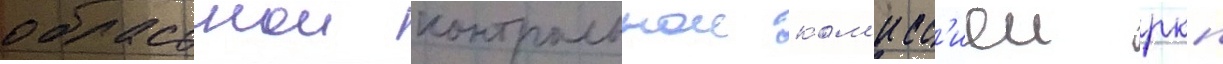
областнои контрольнои ком'исс'иеи ркп